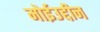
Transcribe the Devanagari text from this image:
मोईउद्दीन